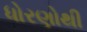
ધોરણોથી